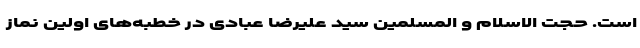
است. حجت‌ الاسلام و المسلمین سید علیرضا عبادی در خطبه‌های اولین نماز